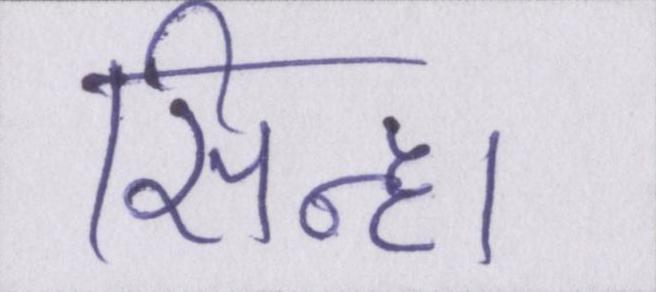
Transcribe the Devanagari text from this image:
सिन्हा